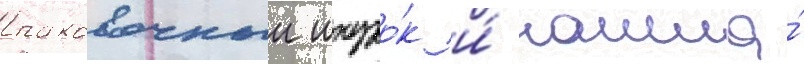
паковочныи шнуро́к и́ нашла́